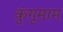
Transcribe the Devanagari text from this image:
कुंगूमाम